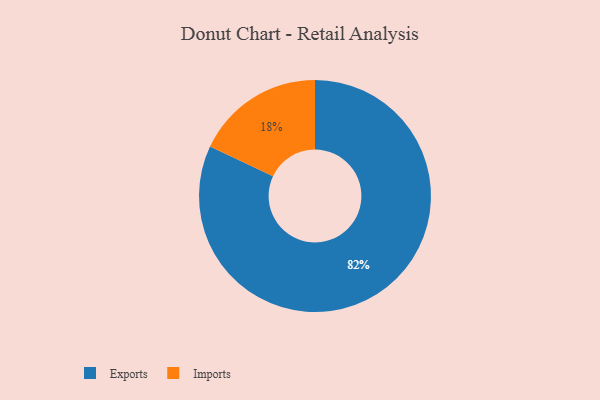
{"axis": {"x": "Category", "y": "Percentage"}, "legend": ["Exports", "Imports"], "data": [{"x": "Exports", "y": 82, "type": "Exports"}, {"x": "Imports", "y": 18, "type": "Imports"}]}